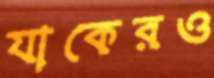
যাকেরও